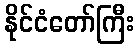
နိုင်ငံတော်ကြီး